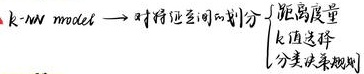
\(k\text{-}NN\) model \(\to\) 对特征空间的划分 \(\begin{cases}\text{距离度量}\\k\text{值选择}\\\text{分类决策规则}\end{cases}\)